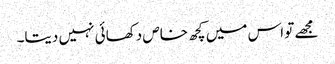
مجھے تو اس میں کچھ خاص دکھائی نہیں دیتا۔